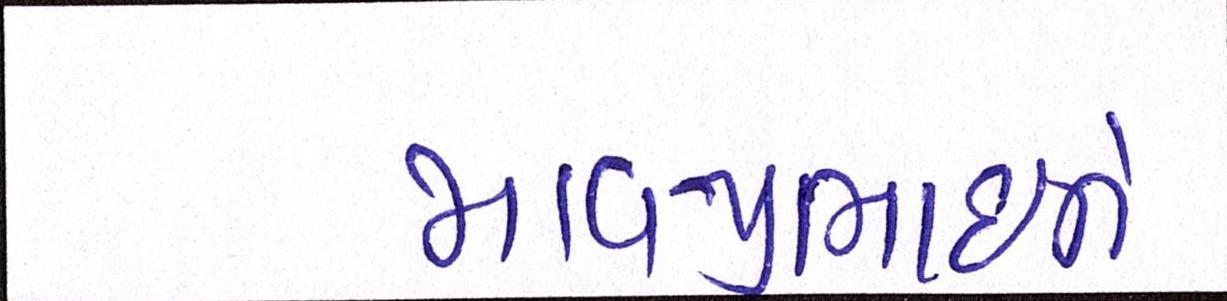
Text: માવજીભાઇને